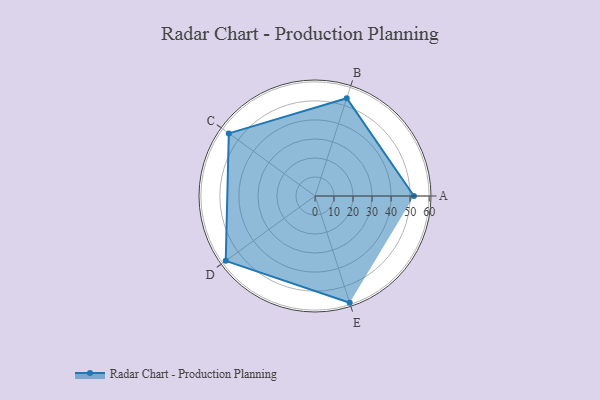
{"axis": {"x": "Skill", "y": "Score"}, "legend": ["Profile"], "data": [{"x": "A", "y": 52.0, "type": "Profile"}, {"x": "B", "y": 54.0, "type": "Profile"}, {"x": "C", "y": 56.0, "type": "Profile"}, {"x": "D", "y": 58.0, "type": "Profile"}, {"x": "E", "y": 59.0, "type": "Profile"}]}